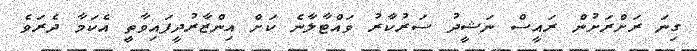
ގިނަ ރަށްރަށުން ރައީސް ނަޝީދު ސަރުކާރު ވައްޓާލާނެ ކަަށް އިންޒާރުދީފައިވާތިީ އެކަމާ ދެރަވެ